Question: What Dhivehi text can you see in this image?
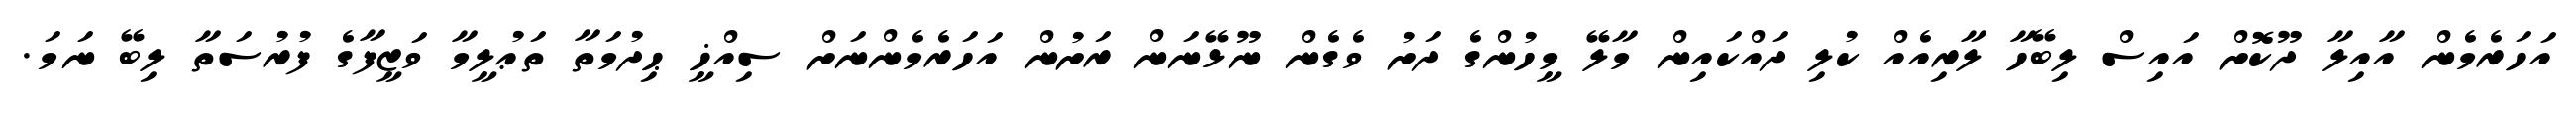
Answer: އަހަރެމެން އާއިލާ ދޫކޮށް އައިސް ލިބޭހާ ލާރިއެއް ކުލި ދައްކައިން މާލޭ މީހުންގެ ދަށު ވެގެން ނޫޅޭނަން ރަށުން އަހަރެމެންނަށް ސިއްޚީ ޙިދުމަތާ ތަޢުލީމާ ވަޒީފާގެ ފުރުސަތާ ލިބޭ ނަމަ.